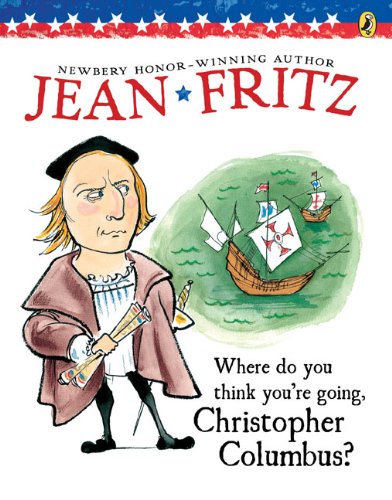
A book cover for Where Do You Think You're Going, Christopher Columbus?; Jean Fritz; Children's Books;